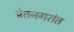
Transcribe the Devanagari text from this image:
प्रेतनगरांत